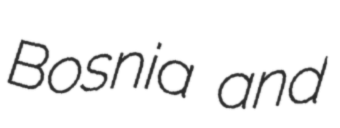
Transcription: Bosnia and